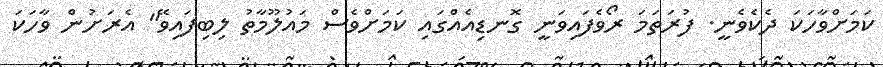
ކަމަށްވާހަކަ ދެކެވެނީ. ފުރަތަމަ ރޯވެފައިވަނީ ގޮނޑިއެއްގައި ކަމަށްވެސް މައުލޫމާތު ލިބިފައިވޭ" އެރަށުން ވާހަކަ